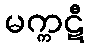
မက္ကဋီ